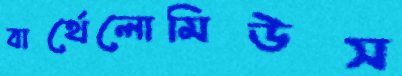
বার্থেলোমিউস